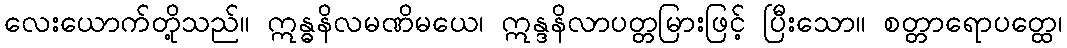
လေးယောက်တို့သည်။ ဣန္ဓနိလမဏိမယေ၊ ဣန္ဒနိလာပတ္တမြားဖြင့် ပြီးသော။ စတ္တာရောပတ္ထေ၊